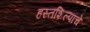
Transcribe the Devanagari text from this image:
हस्तशिल्पांचे